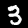
Label: 3